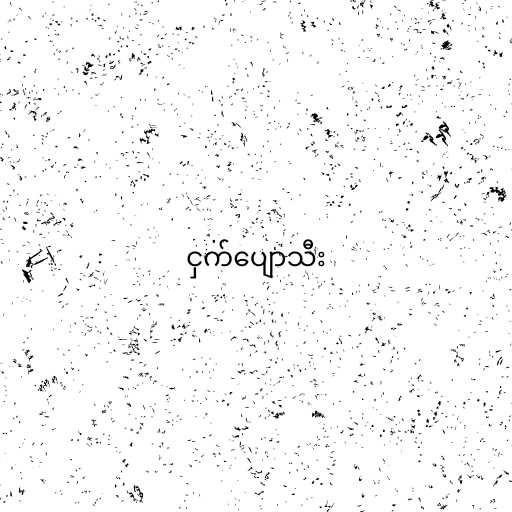
ငှက်ပျောသီး